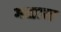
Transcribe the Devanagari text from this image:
गद्यास